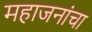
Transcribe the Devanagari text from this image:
महाजनांचा